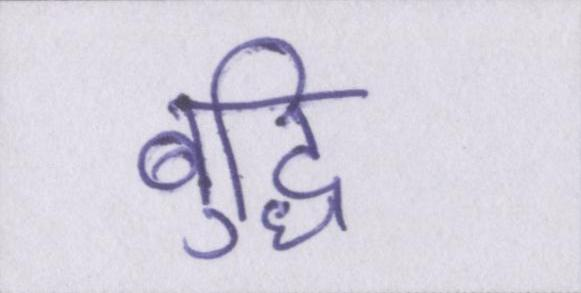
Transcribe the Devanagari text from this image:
बुद्धि